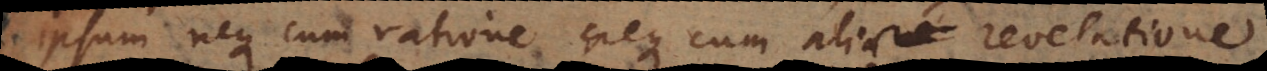
ipsum neque cum ratione neque cum alia revelatione